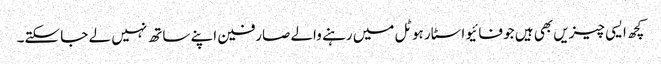
کچھ ایسی چیزیں بھی ہیں جو فائیو اسٹار ہوٹل میں رہنے والے صارفین اپنے ساتھ نہیں لے جا سکتے۔